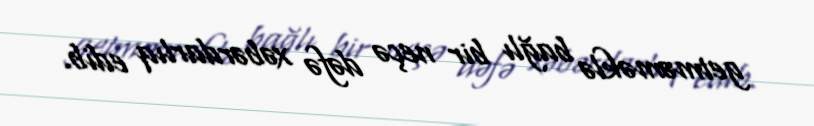
getməməklə bağlı bir neçə dəfə xəbərdarlıq edib.